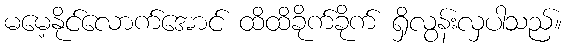
မမေ့နိုင်လောက်အောင် ထိထိခိုက်ခိုက် ရှိလွန်းလှပါသည်။